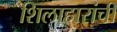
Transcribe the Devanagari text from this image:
शिलाहारांची